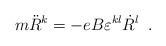
LaTeX: \begin{align*}m\ddot{R}^{k}=-eB\varepsilon^{kl}\dot{R}^{l} \;\;.\end{align*}